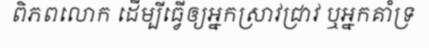
ពិភពលោក ដើម្បីធ្វើឲ្យអ្នកស្រាវជ្រាវ ឬអ្នកគាំទ្រ